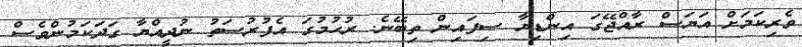
ވެރިކަމަށް އަޔަސް ރާއްޖޭގަ އިންޑިޔާ ސިފައިން ތިބޭނެ. ރުހުމުގަ އެފުރުސަތު ނުދީއްޔާ ގަދަކަމުންވެސް